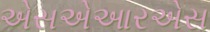
એસએઆરએસ